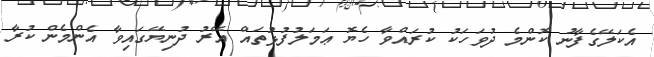
އެކަލޭގެފާނު ކޮންމެ ދުވަހަކު ކުރައްވާ ހެޔޮ ޢަމަލުފުޅުތައް އޭރު ދުނިޔޭގައިވާ އެންމެން ކުރާ